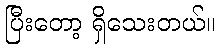
ပြီးတော့ ရှိသေးတယ်။